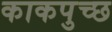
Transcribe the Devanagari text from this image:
काकपुच्छ